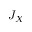
J _ { X }